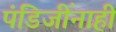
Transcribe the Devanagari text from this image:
पंडिजींनाही